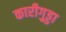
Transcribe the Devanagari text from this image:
कारीगुड्डा